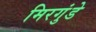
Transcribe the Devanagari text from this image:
मिरगुंडे